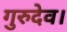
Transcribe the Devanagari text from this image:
गुरुदेव।